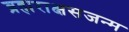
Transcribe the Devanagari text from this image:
ब्रह्मराक्षसजन्म